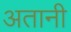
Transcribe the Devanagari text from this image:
अतानी